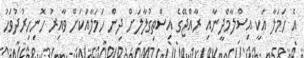
އެ ހަމަލާ އަކީ އިސްލާމްދީނާއި ރާއްޖޭގެ އިސްތިގުލާލަށް ދިން ހަމަލާއަކަށް ވާއިރު ހޮނިހިރުދުވަހު